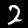
Digit: 2